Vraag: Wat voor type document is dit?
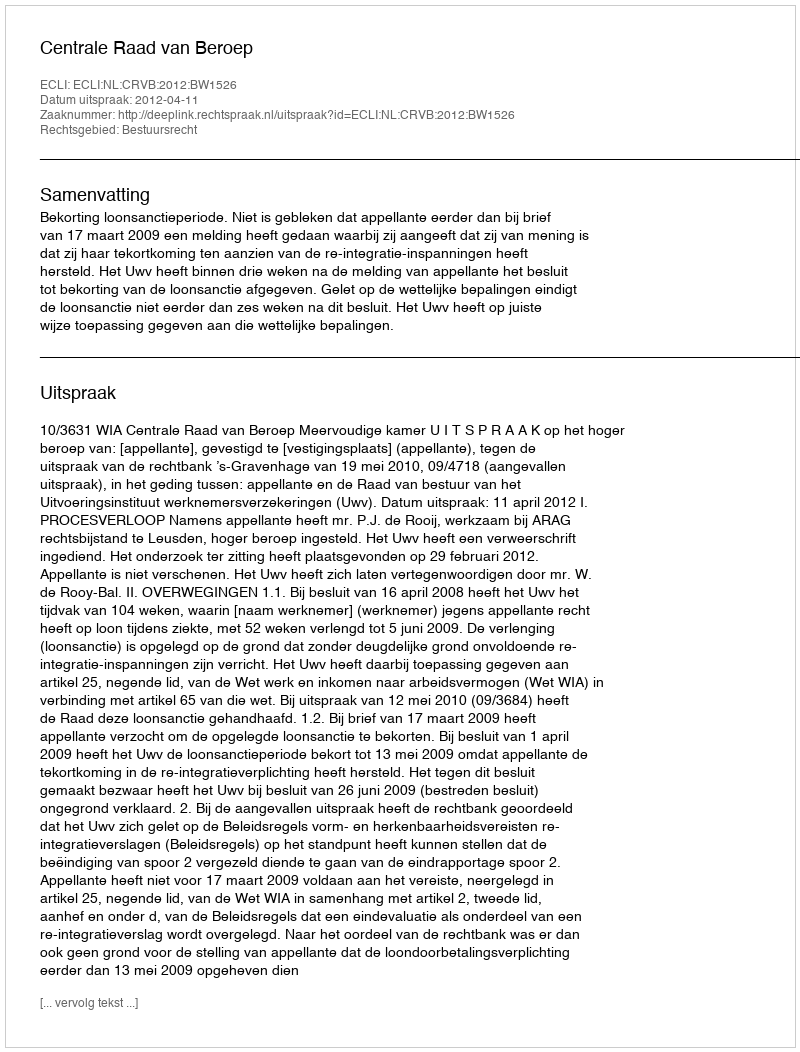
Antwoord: Uitspraak